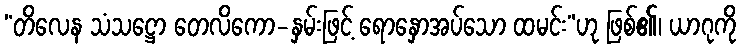
“တိလေန သံသဋ္ဌော တေလိကော-နှမ်းဖြင့် ရောနှောအပ်သော ထမင်း”ဟု ဖြစ်၏၊ ယာဂုကို